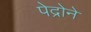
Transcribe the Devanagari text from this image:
पेद्रोने